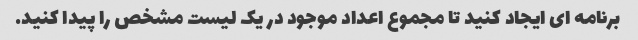
برنامه ای ایجاد کنید تا مجموع اعداد موجود در یک لیست مشخص را پیدا کنید.